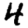
Digit: 4